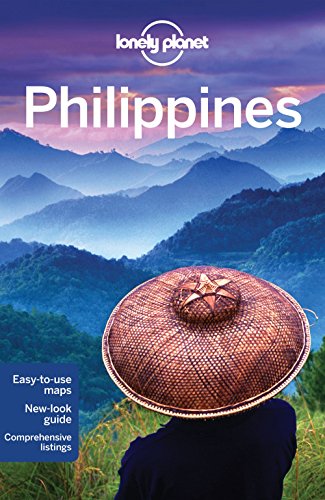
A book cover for Lonely Planet Philippines (Travel Guide); Lonely Planet; Sports & Outdoors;